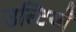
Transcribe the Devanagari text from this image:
उल्टियाँ